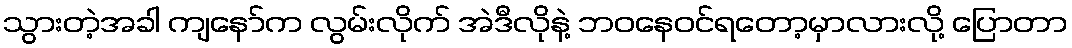
သွားတဲ့အခါ ကျနော်က လွမ်းလိုက် အဲဒီလိုနဲ့ ဘဝနေဝင်ရတော့မှာလားလို့ ပြောတာ